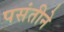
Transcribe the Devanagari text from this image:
पसंतीने